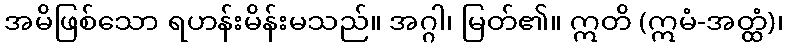
အမိဖြစ်သော ရဟန်းမိန်းမသည်။ အဂ္ဂါ၊ မြတ်၏။ ဣတိ (ဣမံ-အတ္ထံ)၊